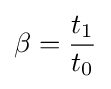
\beta ={\frac {t_{1}}{t_{0}}}